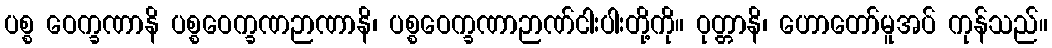
ပစ္စ ဝေက္ခဏာနိ ပစ္စဝေက္ခဏဉာဏာနိ၊ ပစ္စဝေက္ခဏာဉာဏ်ငါးပါးတို့ကို။ ဝုတ္တာနိ၊ ဟောတော်မူအပ် ကုန်သည်။